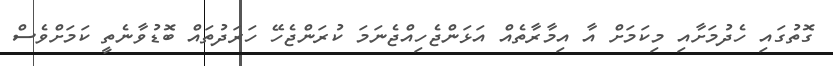
ގޮތުގައި ހެދުމަށާއި މިކަމަށް އާ އިމާރާތެއް އަޅަންޖެހިއްޖެނަމަ ކުރަންޖެހޭ ހަރަދުތައް ބޮޑުވާނެތީ ކަމަށްވެސް